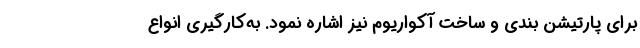
برای پارتیشن بندی و ساخت آکواریوم نیز اشاره نمود. به‌کارگیری انواع